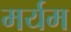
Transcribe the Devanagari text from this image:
मर्यम